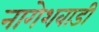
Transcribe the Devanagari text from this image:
नागेशवाडी